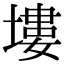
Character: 塿